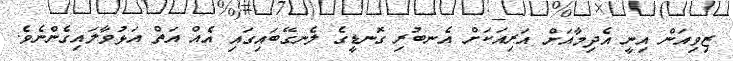
ޒިވިއަން އިނީ އެދިމާއަށް އަރިއަކަށް އެނބުރި ގޮނޑީގެ ލެނގޭބައިގައި އެއް އަތް އަޅުވާލައިގެންނެވެ.